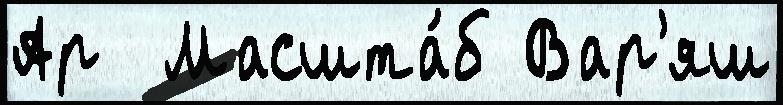
Ар  Масшта́б Вар'яш